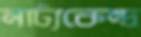
নাট্যকেন্দ্র